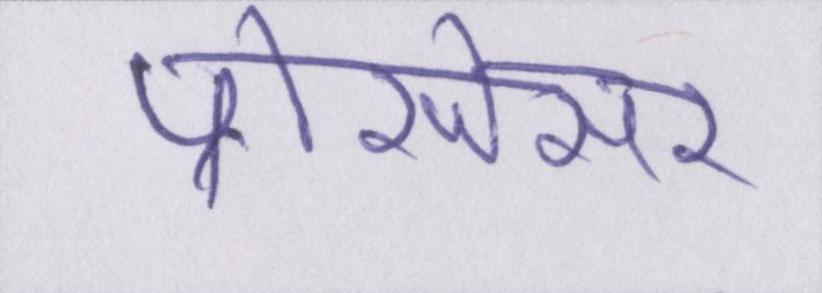
प्रोसेसर